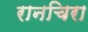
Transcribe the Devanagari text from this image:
रानचिरा